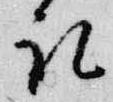
記